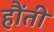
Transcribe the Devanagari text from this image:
हौंती